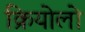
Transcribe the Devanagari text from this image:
क्रियोलो